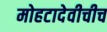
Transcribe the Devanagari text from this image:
मोहटादेवीचीच